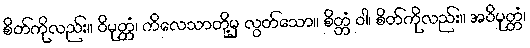
စိတ်ကိုလည်း။ ဝိမုတ္တံ၊ ကိလေသာတို့မှ လွတ်သော။ စိတ္တံ ဝါ၊ စိတ်ကိုလည်း။ အဝိမုတ္တံ၊